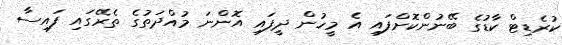
ކުރެޑިޓް ކާޑުގެ ބޭނުންކޮށްފައި އެ މީހުން ދީފައި އޮންނަ މުއްދަތުގެ ތެރޭގައި ފައިސާ